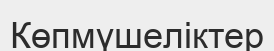
Көпмүшеліктер